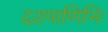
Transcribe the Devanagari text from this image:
दशपाणिभिः